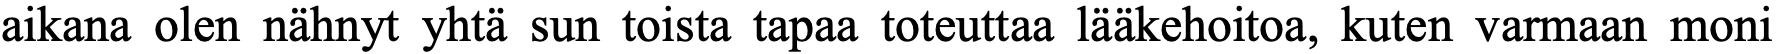
aikana olen nähnyt yhtä sun toista tapaa toteuttaa lääkehoitoa, kuten varmaan moni